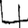
Digit: 4